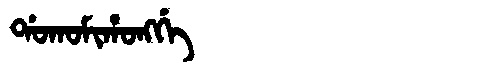
Manchu: ᡩᠣᡴᠣᠮᡳᡥᠣᠩᡤᡝ
Romanization: DOKOMIHONGGE